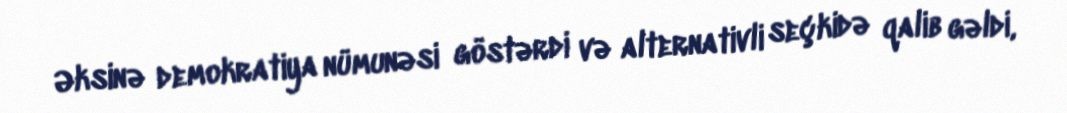
Əksinə demokratiya nümunəsi göstərdi və alternativli seçkidə qalib gəldi,